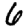
Digit: 6